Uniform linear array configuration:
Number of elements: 16
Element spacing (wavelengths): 0.25
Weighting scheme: binomial
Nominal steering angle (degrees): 60
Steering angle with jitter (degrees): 58.141
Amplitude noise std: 0.05
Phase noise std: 0.05

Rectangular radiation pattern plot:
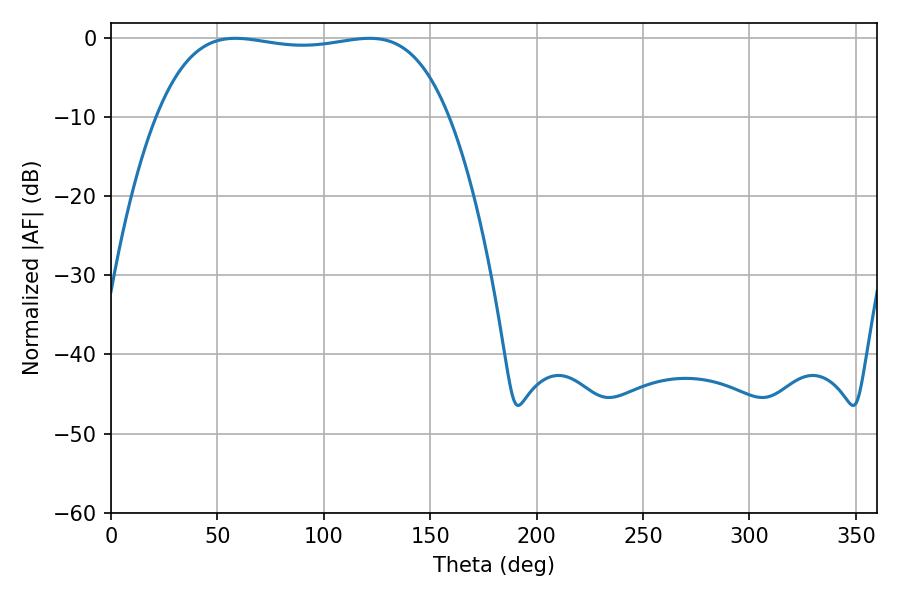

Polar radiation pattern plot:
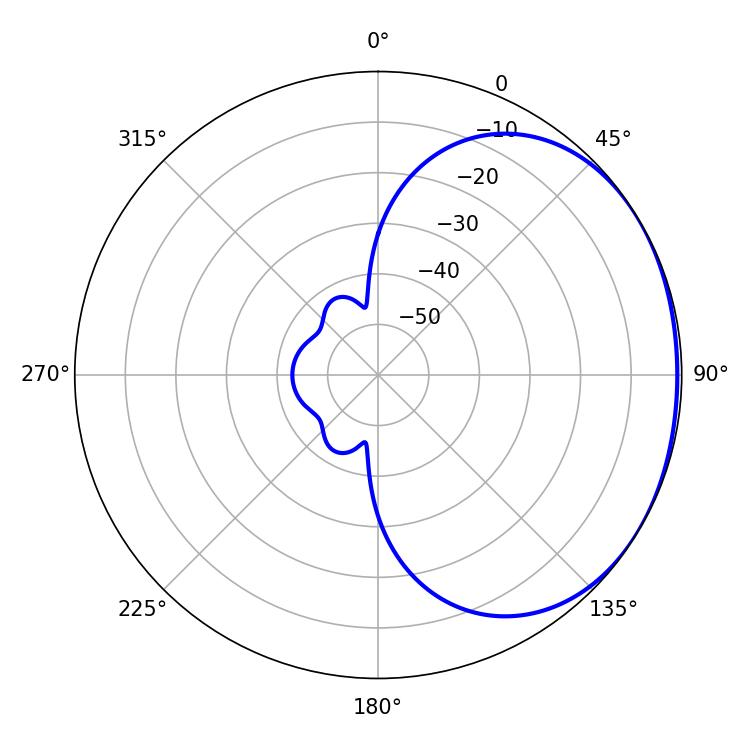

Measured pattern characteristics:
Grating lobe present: FALSE
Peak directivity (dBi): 1.229
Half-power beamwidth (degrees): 109.08
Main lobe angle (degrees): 58.5